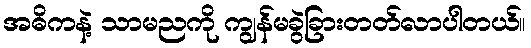
အဓိကနဲ့ သာမညကို ကျွန်မခွဲခြားတတ်လာပါတယ်။